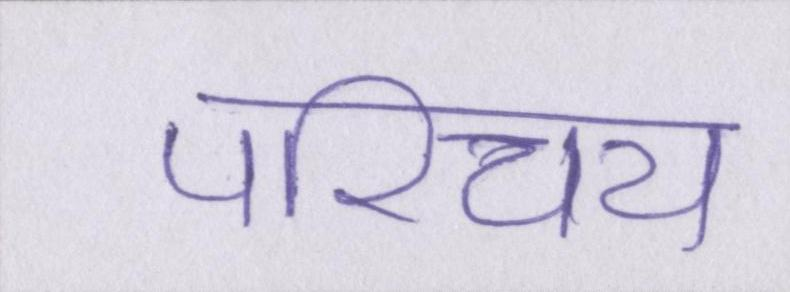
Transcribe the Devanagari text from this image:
परिचय